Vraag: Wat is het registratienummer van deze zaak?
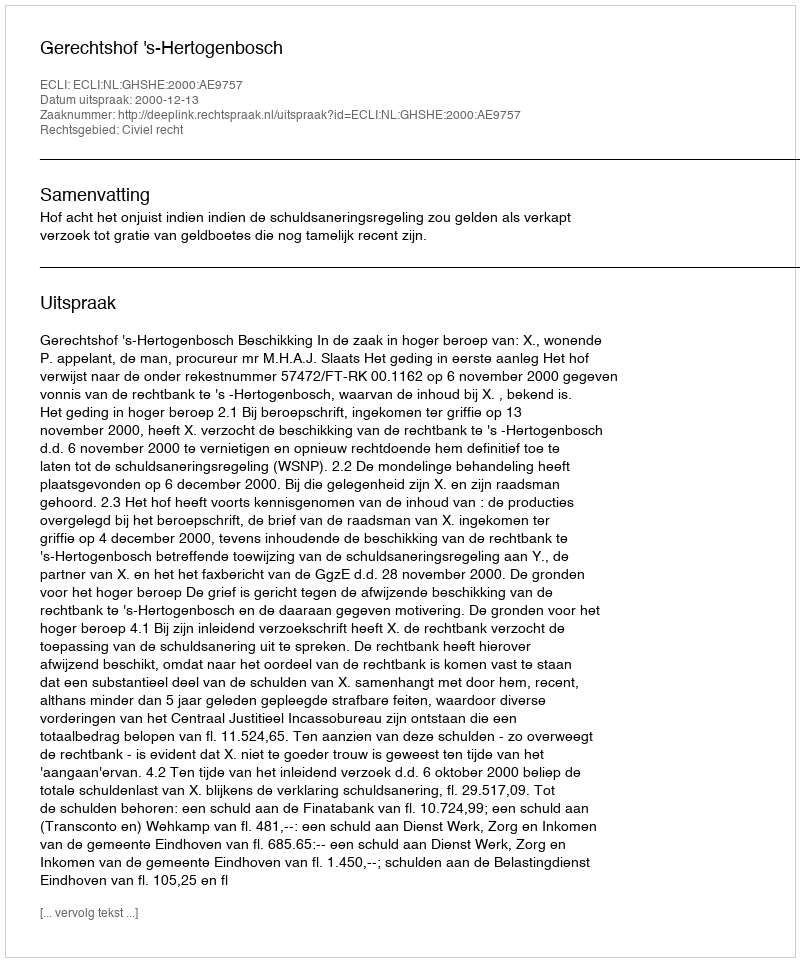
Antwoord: http://deeplink.rechtspraak.nl/uitspraak?id=ECLI:NL:GHSHE:2000:AE9757